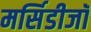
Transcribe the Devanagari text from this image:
मर्सिडीजॉ